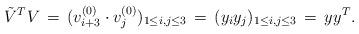
LaTeX: \begin{align*}\tilde{V}^TV \,=\, ( v^{(0)}_{i+3}\cdot v^{(0)}_j )_{1\leq i,j\leq 3} \,=\, (y_iy_j)_{1\leq i,j\leq 3} \,=\, yy^T.\end{align*}